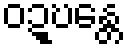
ဝဍ္ဎန္တေ